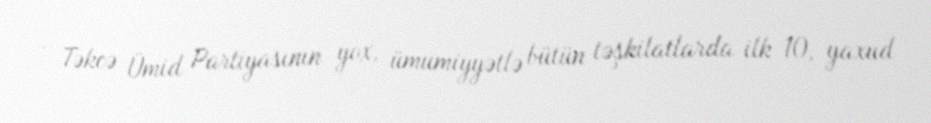
- Təkcə Ümid Partiyasının yox, ümumiyyətlə bütün təşkilatlarda ilk 10, yaxud